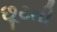
છૂટતી